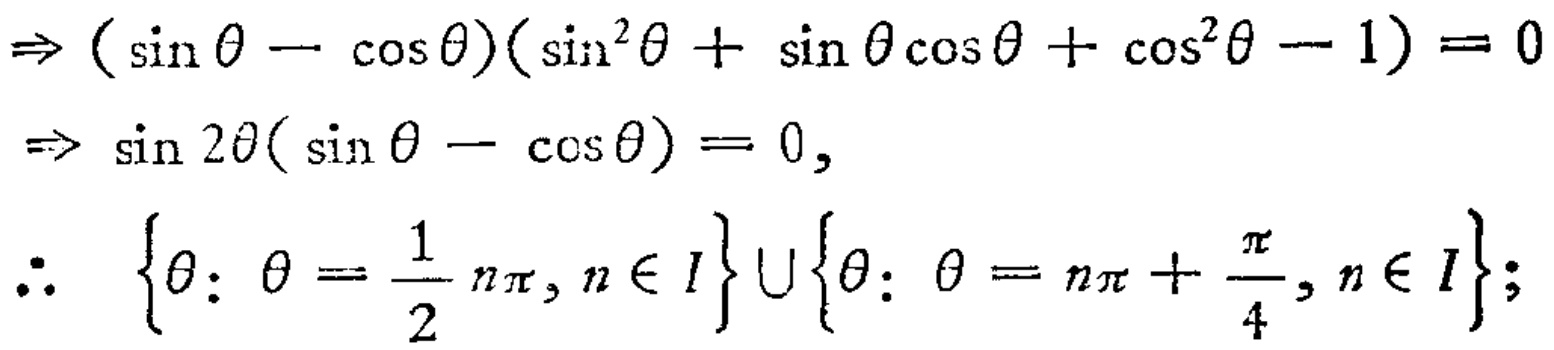
\begin{align*}
&\Rightarrow (\sin\theta - \cos\theta)(\sin^{2}\theta + \sin\theta\cos\theta+\cos^{2}\theta - 1)=0\\
&\Rightarrow \sin 2\theta(\sin\theta - \cos\theta)=0,\\
&\therefore \left\{\theta:\theta = \frac{1}{2}n\pi,n\in I\right\}\cup\left\{\theta:\theta = n\pi+\frac{\pi}{4},n\in I\right\};
\end{align*}